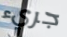
جريء